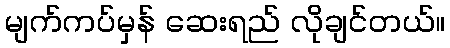
မျက်ကပ်မှန် ဆေးရည် လိုချင်တယ်။